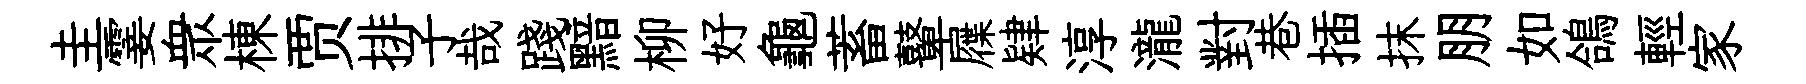
圭霎衆棟贾排子哉踐黯柳好龜蓄鼙屧肄淳瀧對巷插抹朋如鴿輕家